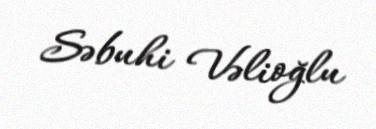
Səbuhi Vəlioğlu